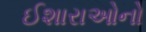
ઈશારાઓનો